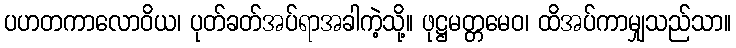
ပဟတကာလောဝိယ၊ ပုတ်ခတ်အပ်ရာအခါကဲ့သို့။ ဖုဋ္ဌမတ္တမေဝ၊ ထိအပ်ကာမျှသည်သာ။